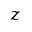
z